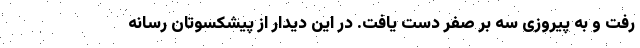
رفت و به پیروزی سه بر صفر دست یافت. در این دیدار از پیشکسوتان رسانه